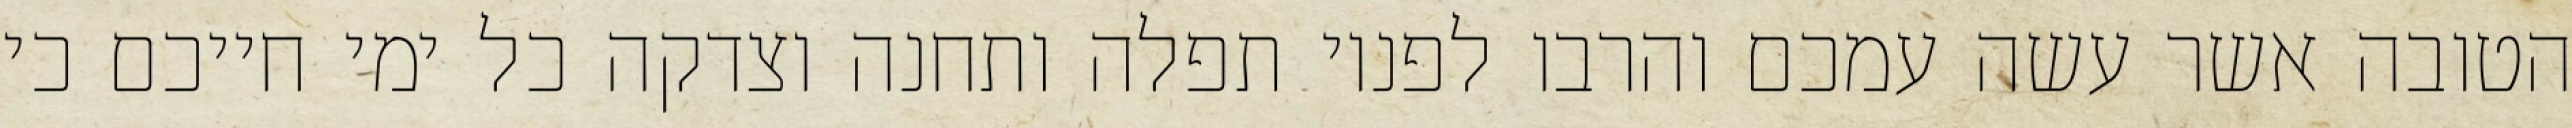
הטובה אשר עשה עמכם והרבו לפניו תפלה ותחנה וצדקה כל ימי חייכם כי